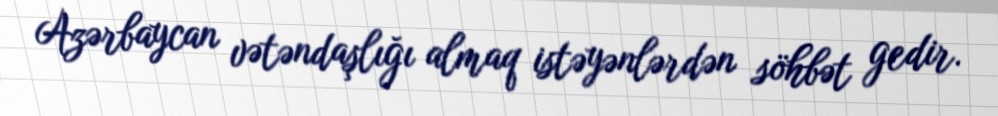
Azərbaycan vətəndaşlığı almaq istəyənlərdən söhbət gedir.